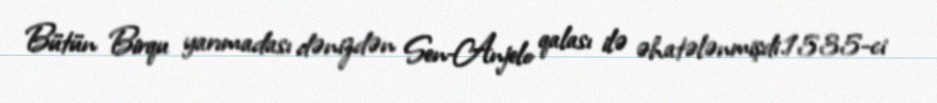
Bütün Birqu yarımadası dənizdən Sen-Anjelo qalası ilə əhatələnmişdi.1535-ci